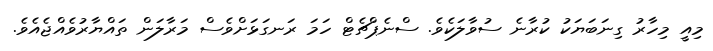
މިއީ މިހާރު ގިނަބަޔަކު ކުރާނެ ސުވާލަކެވެ. ސްނެޕްޗެޓް ހަމަ ރަނގަޅަށްވެސް މަރާލަން ތައްޔާރުވެއްޖެއެވެ.